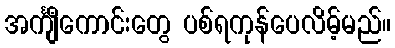
အင်္ကျီကောင်းတွေ ပစ်ရကုန်ပေလိမ့်မည်။